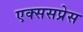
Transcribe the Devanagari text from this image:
एक्ससप्रेस